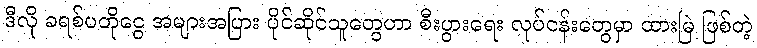
ဒီလို ခရစ်ပတိုငွေ အများအပြား ပိုင်ဆိုင်သူတွေဟာ စီးပွားရေး လုပ်ငန်းတွေမှာ ထားမြဲ ဖြစ်တဲ့